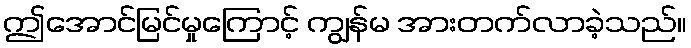
ဤအောင်မြင်မှုကြောင့် ကျွန်မ အားတက်လာခဲ့သည်။